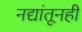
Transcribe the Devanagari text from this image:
नद्यांतूनही